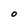
Character: O